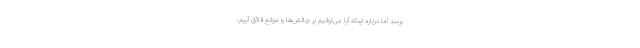
برسد اما درباره اینکه آیا می‌توانیم بر چالش‌ها و موانع فائق آییم،